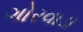
ગોરવાડા